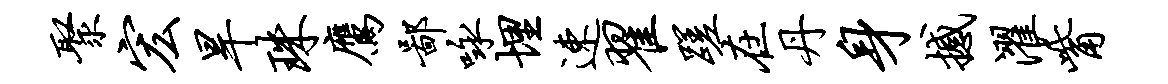
聚宏旱珠鹰鄙咏埋速翟蹉在丹身撼濯觜